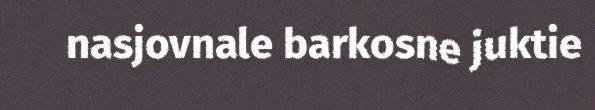
nasjovnale barkosne juktie